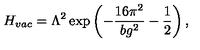
H _ { v a c } = \Lambda ^ { 2 } \exp \left( - \frac { 1 6 \pi ^ { 2 } } { b g ^ { 2 } } - \frac 1 2 \right) ,